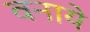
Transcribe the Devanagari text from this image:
वनाये